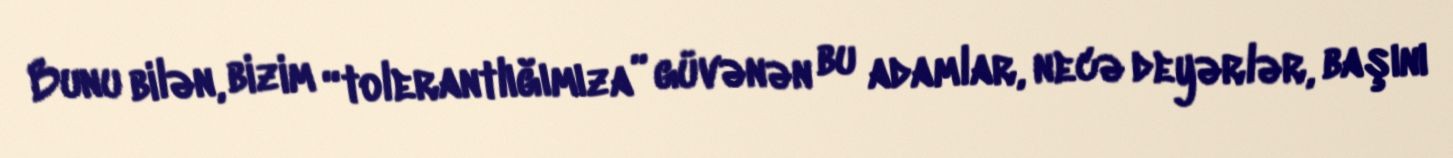
Bunu bilən, bizim “tolerantlığımıza” güvənən bu adamlar, necə deyərlər, başını